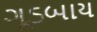
ગૂડબાય